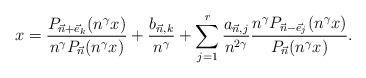
LaTeX: \begin{align*} x = \frac{P_{\vec{n}+\vec{e}_k}(n^\gamma x)}{n^\gamma P_{\vec{n}}(n^\gamma x)} + \frac{b_{\vec{n},k}}{n^\gamma} + \sum_{j=1}^r \frac{a_{\vec{n},j}}{n^{2\gamma}} \frac{n^\gamma P_{\vec{n}-\vec{e}_j}(n^\gamma x)}{P_{\vec{n}}(n^\gamma x)}.\end{align*}